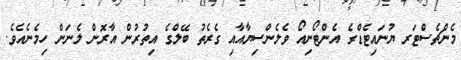
މެންޗެސްޓަރ ޔުނައިޓެޑްގެ އެންޓޯނިއޯ ވެލެންސިޔާއާއި ގެރެތު ބޭލްގެ އިތުރުން އާރޮން ލެނަން ހިމެނެއެވެ.